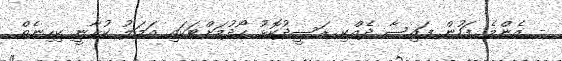
- އެންމެ ފަހުން ފައިސާ ދެއްކި ރަސީދުކޮޅު ހޯދުމަށްޓަކައި އަމަލު ކުރާނީ ކިހިނެތް